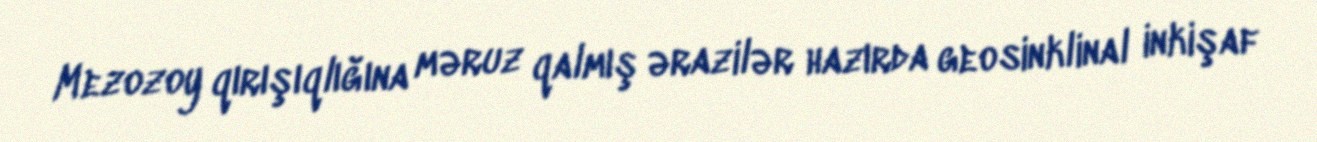
Mezozoy qırışıqlığına məruz qalmış ərazilər hazırda geosinklinal inkişaf